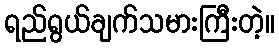
ရည်ရွယ်ချက်သမားကြီးတဲ့။